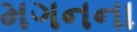
મગનના